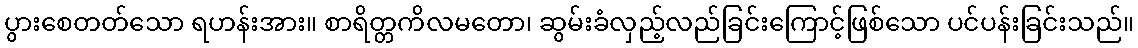
ပွားစေတတ်သော ရဟန်းအား။ စာရိတ္တကိလမတော၊ ဆွမ်းခံလှည့်လည်ခြင်းကြောင့်ဖြစ်သော ပင်ပန်းခြင်းသည်။